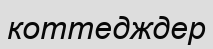
коттедждер